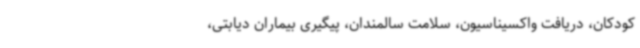
کودکان، دریافت واکسیناسیون، سلامت سالمندان، پیگیری بیماران دیابتی،